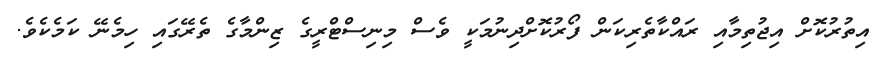
އިތުރުކޮށް އިޖުތިމާއި ރައްކާތެރިކަން ފޯރުކޮށްދިނުމަކީ ވެސް މިނިސްޓްރީގެ ޒިންމާގެ ތެރޭގައި ހިމެނޭ ކަމެކެވެ.